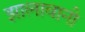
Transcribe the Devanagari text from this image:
झालावानी